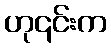
ဟု၎င်းက